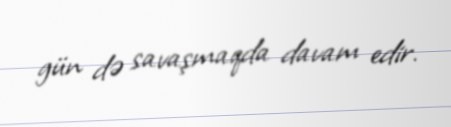
gün də savaşmaqda davam edir.